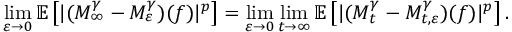
\operatorname* { l i m } _ { \varepsilon \to 0 } { \ensuremath { \mathbb E } } \left[ | ( M _ { \infty } ^ { \gamma } - M _ { \varepsilon } ^ { \gamma } ) ( f ) | ^ { p } \right] = \operatorname* { l i m } _ { \varepsilon \to 0 } \operatorname* { l i m } _ { t \to \infty } { \ensuremath { \mathbb E } } \left[ | ( M _ { t } ^ { \gamma } - M _ { t , \varepsilon } ^ { \gamma } ) ( f ) | ^ { p } \right] .